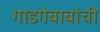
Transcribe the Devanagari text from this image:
गाडगेबाबांची